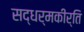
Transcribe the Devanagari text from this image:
सद्धर्मकीर्ति